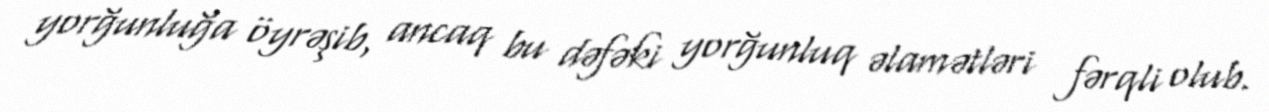
yorğunluğa öyrəşib, ancaq bu dəfəki yorğunluq əlamətləri fərqli olub.